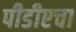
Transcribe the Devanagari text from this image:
पीडीएचा